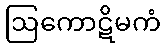
ဩကောဋိမကံ